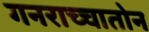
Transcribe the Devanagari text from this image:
गनराच्चातोन